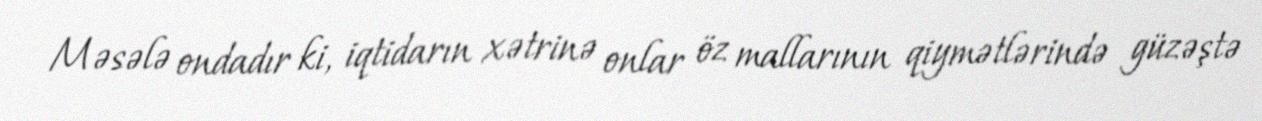
Məsələ ondadır ki, iqtidarın xətrinə onlar öz mallarının qiymətlərində güzəştə